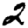
Digit: 2